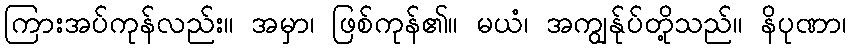
ကြားအပ်ကုန်လည်း။ အမှာ၊ ဖြစ်ကုန်၏။ မယံ၊ အကျွန်ုပ်တို့သည်။ နိပုဏာ၊